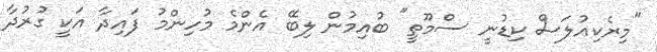
"މިރެކިއުލަސް ކިޑުނީ ސްމޫތީ" ބުއިމުން ލިބޭ އެންމެ މުހިންމު ފައިދާ އަކީ ގުރުދާ